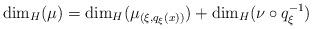
LaTeX: \begin{align*}\dim _H ( \mu ) = \dim _H ( \mu _{(\xi, q_\xi (x) )} ) + \dim _H ( \nu \circ q _\xi ^{-1} ) \end{align*}